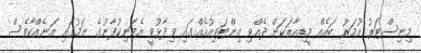
މިނިސްޓަރު އުމަރު ބައެއް މީޑިއާތަކަށް ދެއްވި އިންޓަވިއުއެއްގައި ވިދާޅުވީ އެމަނިކުފާނުގެ ނަމުގައި އަނެއްކާވެސް